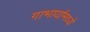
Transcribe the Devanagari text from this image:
गाभार्यामध्ये